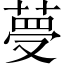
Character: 𦴋